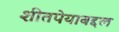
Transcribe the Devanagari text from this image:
शीतपेयाबद्दल